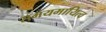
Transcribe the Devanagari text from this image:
समयमायित्व